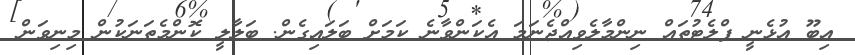
އިބޫ އުޅެނީ ފްލެޓުތައް ނިންމާލެވިއްޖެނަމަ އެކަންވާނެ ކަމަށް ބަލައިގެން. ބަލާލީ ކޮންމެތަނަކުން މިނިވަން